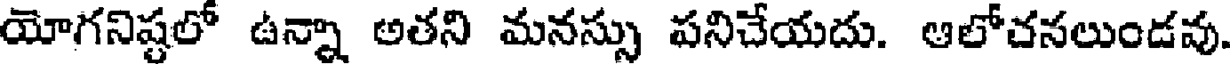
యోగనిష్టలో ఉన్నా అతని మనస్సు పనిచేయదు. ఆలోచనలుండవు